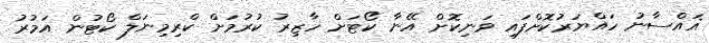
ޣައްސާނު ހައްޔަރުކޮށްފައި ވަނިކޮށް އޭނާ ކޯޓަށް ހާޒިރު ކުރުމަށް ކްރިމިނަލް ކޯޓުން އަމުރު